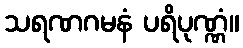
သရဏဂမနံ ပရိပုဏ္ဏံ။